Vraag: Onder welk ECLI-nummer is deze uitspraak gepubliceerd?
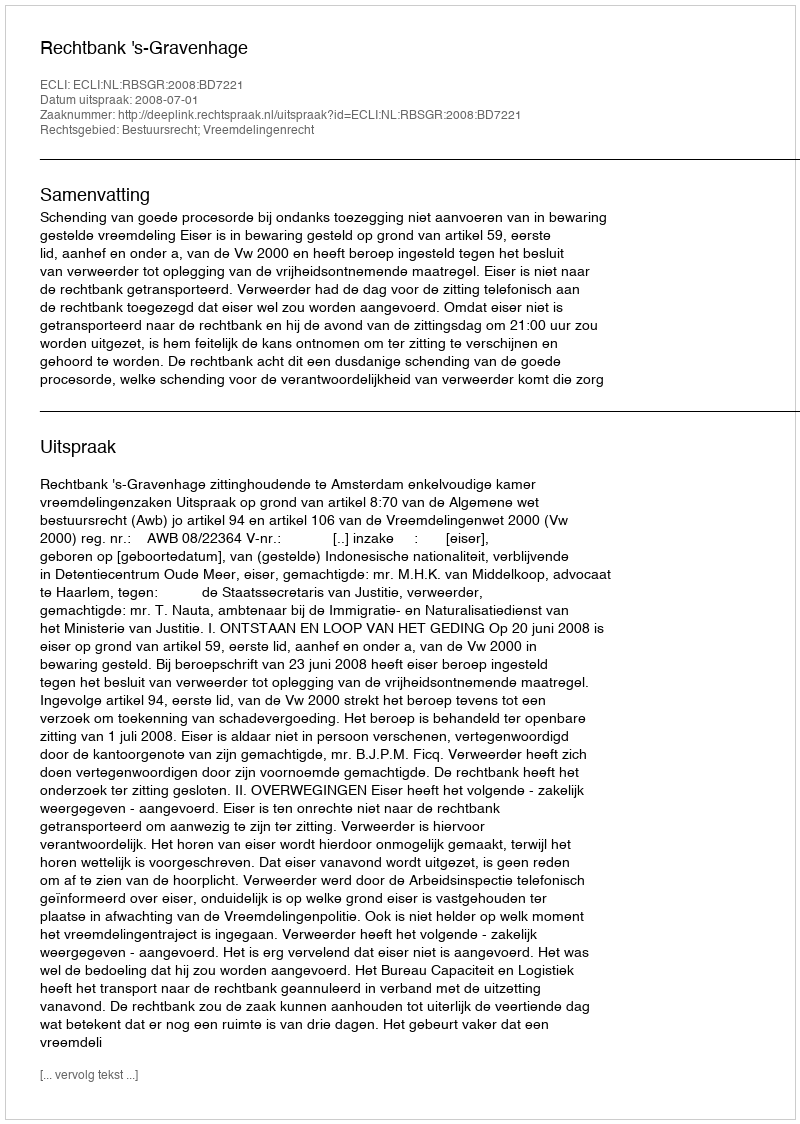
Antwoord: ECLI:NL:RBSGR:2008:BD7221